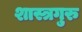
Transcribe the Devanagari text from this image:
शास्त्रगुरु